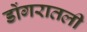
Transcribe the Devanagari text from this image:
डोंगरातली